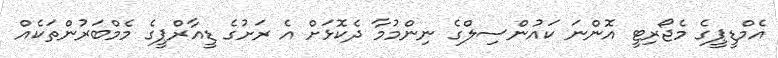
އެމްޑީޕީގެ މެޖޯރިޓީ އޮންނަ ކައުންސިލްގެ ނިންމުމާ ދެކޮޅަށް އެ ރަށުގެ ޑީއާރްޕީގެ މެމްބަރުންތަކެއް